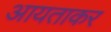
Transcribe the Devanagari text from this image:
आयताकर